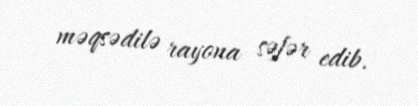
məqsədilə rayona səfər edib.